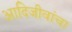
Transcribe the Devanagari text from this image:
आदिजीवांचा